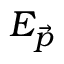
E _ { \vec { p } }